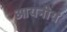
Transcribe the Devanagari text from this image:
आयनीय